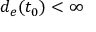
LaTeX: d _ { e } ( t _ { 0 } ) < \infty